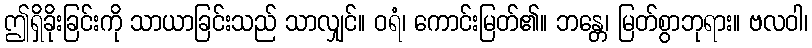
ဤရှိခိုးခြင်းကို သာယာခြင်းသည် သာလျှင်။ ဝရံ၊ ကောင်းမြတ်၏။ ဘန္တေ၊ မြတ်စွာဘုရား။ ဗလဝါ၊